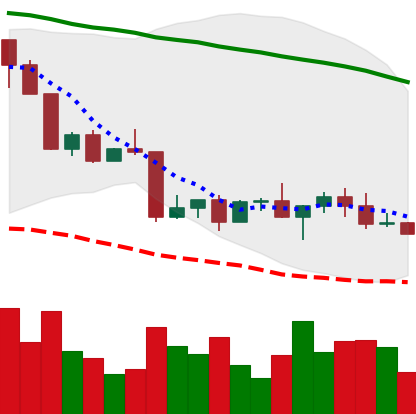
Ticker: LINK-USD
Chart end date: 2022-04-23
Forward return: -5.103%
Label: down_5_7